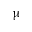
\upmu